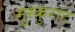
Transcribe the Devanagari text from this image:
मुस्कुराट